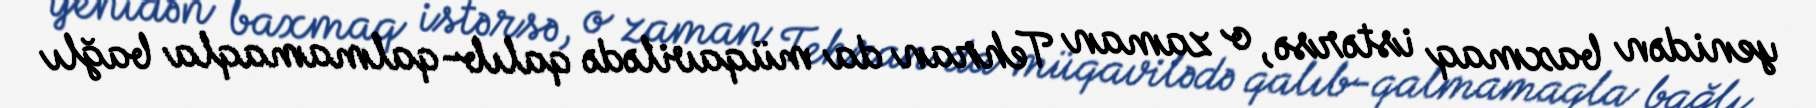
yenidən baxmaq istərsə, o zaman Tehran da müqavilədə qalıb-qalmamaqla bağlı